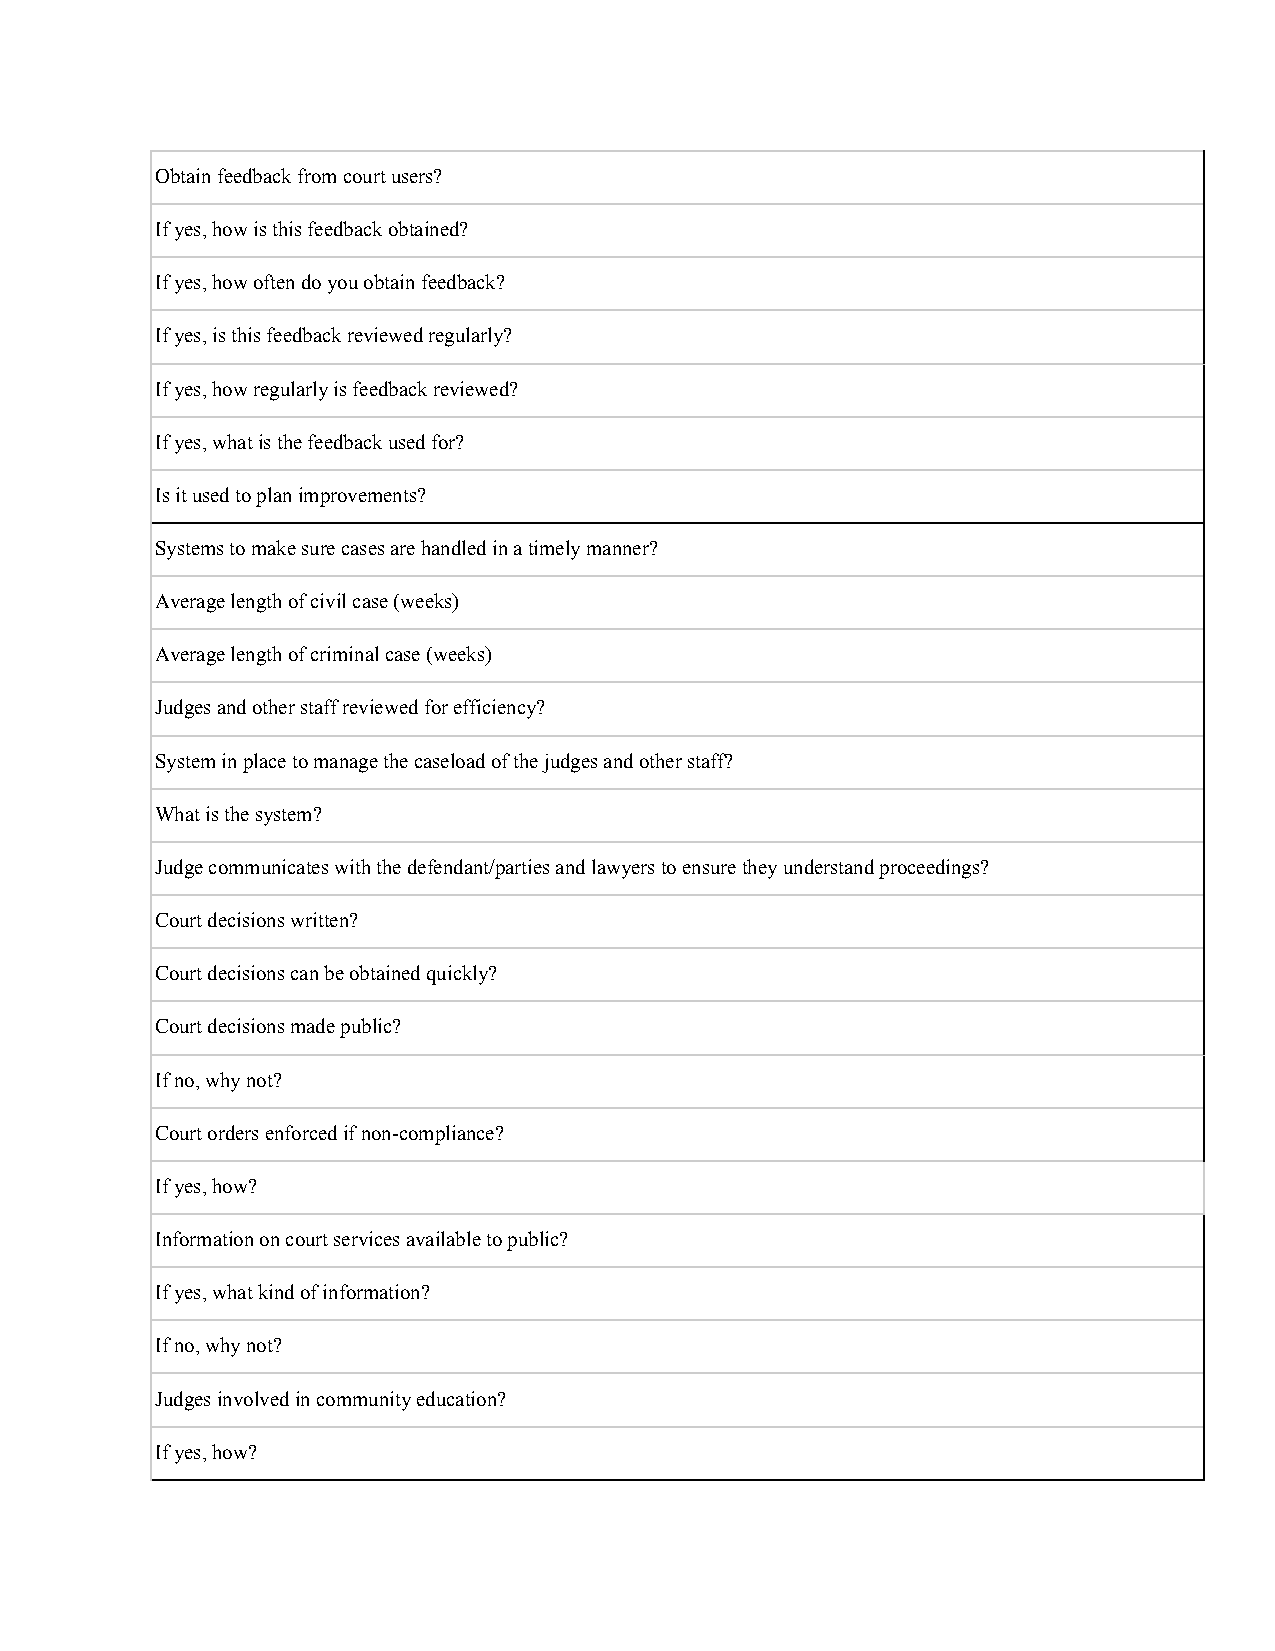
Obtain feedback from court users?
 If yes, how is this feedback obtained?
 If yes, how often do you obtain feedback?
 If yes, is this feedback reviewed regularly?
 If yes, how regularly is feedback reviewed?
 If yes, what is the feedback used for?
 Is it used to plan improvements?
 Systems to make sure cases are handled in a timely manner?
 Average length of civil case (weeks)
 Average length of criminal case (weeks)
 Judges and other staff reviewed for efficiency?
 System in place to manage the caseload of the judges and other staff?
 What is the system?
 Judge communicates with the defendant/parties and lawyers to ensure they understand proceedings?
 Court decisions written?
 Court decisions can be obtained quickly?
 Court decisions made public?
 If no, why not?
 Court orders enforced if non-compliance?
 If yes, how?
 Information on court services available to public?
 If yes, what kind of information?
 If no, why not?
 Judges involved in community education?
 If yes, how?